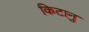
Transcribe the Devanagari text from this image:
किटानु